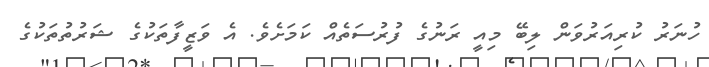
ހުނަރު ކުރިއަރުވަން ލިބޭ މިއީ ރަނުގެ ފުރުސަތެއް ކަމަށެވެ. އެ ވަޒީފާތަކުގެ ޝަރުތުތަކުގެ